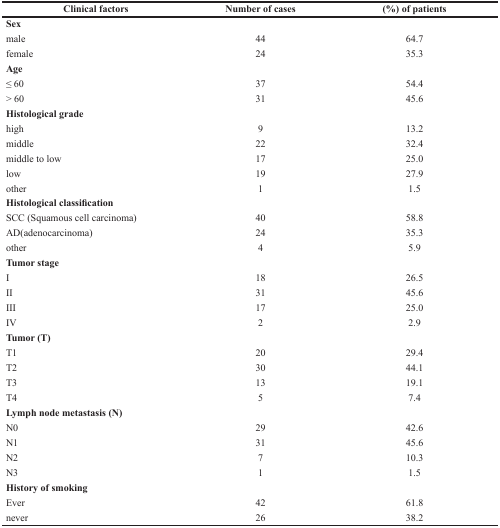
<table><thead><tr><td><b>Clinical factors</b></td><td><b>Number of cases</b></td><td><b>(%) of patients</b></td></tr></thead><tbody><tr><td><b>Sex</b></td><td></td><td></td></tr><tr><td>male</td><td>44</td><td>64.7</td></tr><tr><td>female</td><td>24</td><td>35.3</td></tr><tr><td><b>Age</b></td><td></td><td></td></tr><tr><td>≤ 60</td><td>37</td><td>54.4</td></tr><tr><td>&gt; 60</td><td>31</td><td>45.6</td></tr><tr><td><b>Histological grade</b></td><td></td><td></td></tr><tr><td>high</td><td>9</td><td>13.2</td></tr><tr><td>middle</td><td>22</td><td>32.4</td></tr><tr><td>middle to low</td><td>17</td><td>25.0</td></tr><tr><td>low</td><td>19</td><td>27.9</td></tr><tr><td>other</td><td>1</td><td>1.5</td></tr><tr><td><b>Histological classification</b></td><td></td><td></td></tr><tr><td>SCC (Squamous cell carcinoma)</td><td>40</td><td>58.8</td></tr><tr><td>AD(adenocarcinoma)</td><td>24</td><td>35.3</td></tr><tr><td>other</td><td>4</td><td>5.9</td></tr><tr><td><b>Tumor stage</b></td><td></td><td></td></tr><tr><td>I</td><td>18</td><td>26.5</td></tr><tr><td>II</td><td>31</td><td>45.6</td></tr><tr><td>III</td><td>17</td><td>25.0</td></tr><tr><td>IV</td><td>2</td><td>2.9</td></tr><tr><td><b>Tumor (T)</b></td><td></td><td></td></tr><tr><td>T1</td><td>20</td><td>29.4</td></tr><tr><td>T2</td><td>30</td><td>44.1</td></tr><tr><td>T3</td><td>13</td><td>19.1</td></tr><tr><td>T4</td><td>5</td><td>7.4</td></tr><tr><td><b>Lymph node metastasis (N)</b></td><td></td><td></td></tr><tr><td>N0</td><td>29</td><td>42.6</td></tr><tr><td>N1</td><td>31</td><td>45.6</td></tr><tr><td>N2</td><td>7</td><td>10.3</td></tr><tr><td>N3</td><td>1</td><td>1.5</td></tr><tr><td><b>History of smoking</b></td><td></td><td></td></tr><tr><td>Ever</td><td>42</td><td>61.8</td></tr><tr><td>never</td><td>26</td><td>38.2</td></tr></tbody></table>